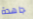
جاهدة